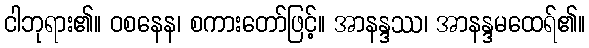
ငါဘုရား၏။ ဝစနေန၊ စကားတော်ဖြင့်။ အာနန္ဒဿ၊ အာနန္ဒမထေရ်၏။